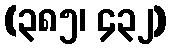
(၃၈၅၊ ၄၃၂)